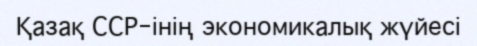
Қазақ ССР-інің экономикалық жүйесі